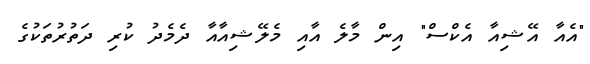
"އެއާ އޭޝިއާ އެކްސް" އިން މާލެ އާއި މެލޭޝިއާއާ ދެމެދު ކުރި ދަތުރުތަކުގެ